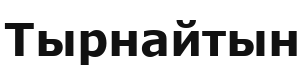
Тырнайтын